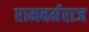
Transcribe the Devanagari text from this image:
रामवर्मराज